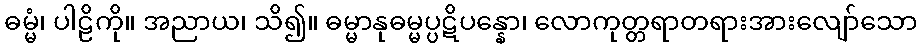
ဓမ္မံ၊ ပါဠိကို။ အညာယ၊ သိ၍။ ဓမ္မာနုဓမ္မပ္ပဋိပန္နော၊ လောကုတ္တရာတရားအားလျော်သော